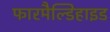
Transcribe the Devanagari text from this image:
फारमैल्डिहाइड